Leaving Certificate Examination, 1921
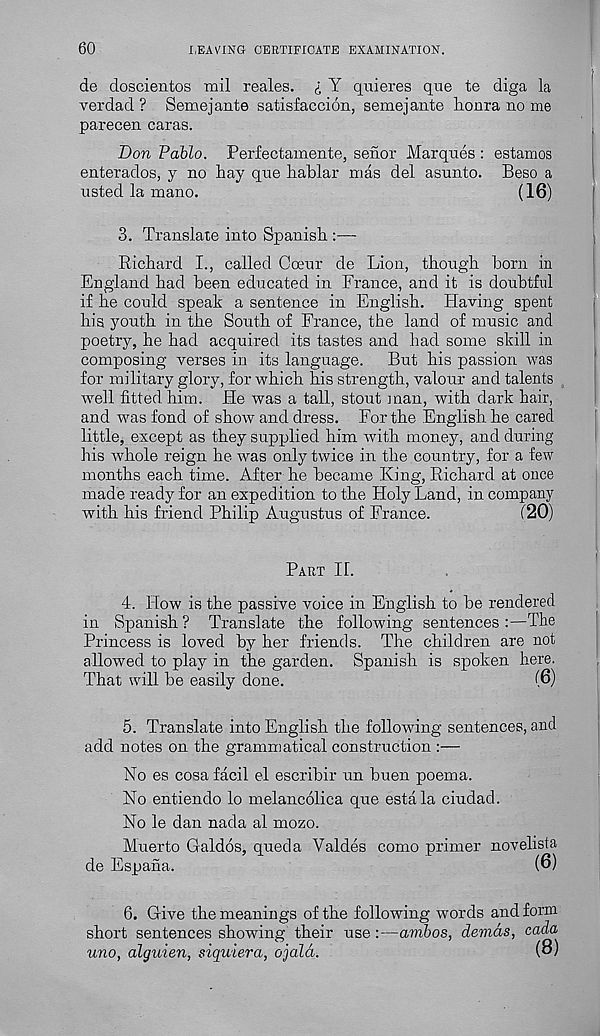
60
LEAVING CERTIFICATE EXAMINATION.
de doscientos mil reales. £ Y quieres que te diga la
verdad ? Semejante satisfaccion, semejante lionra no me
parecen caras.
Don Pablo. Perfectamente, senor Marques : estamos
enterados, y no hay que hablar mas del asunto. Beso a
listed la mano.
(16)
3. Translate into Spanish :—
Richard I., called Coeur de Lion, though horn in
England had been educated in France, and it is doubtful
if he could speak a sentence in English. Having spent
his youth in the South of France, the land of music and
poetry, he had acquired its tastes and had some skill in
composing verses in its language.
But his passion was
for military glory, for which his strength, valour and talents
well fitted him. He was a tall, stout man, with dark hair,
and was fond of show and dress. For the English he cared
little, except as they supplied him with money, and during
his whole reign he was only twice in the country, for a few
months each time. After he became King, Richard at once
made ready for an expedition to the Holy Land, in company
with his friend Philip Augustus of France.
(20)
Part H.
4. How is the passive voice in English to be rendered
in Spanish? Translate the following sentences:—The
Princess is loved by her friends. The children are not
allowed to play in the garden. Spanish is spoken here.
That will be easily done.
(6)
5. Translate into English the following sentences, and
add notes on the grammatical construction :—
No es cosa facil el escribir un buen poema.
No entiendo lo melancolica que estala ciudad.
No le dan nada al mozo.
Muerto Galdos, queda Valdes como primer novelista
de Espana.
(6)
6. Give the meanings of the following words and form
short sentences showing their use:—ambos, demds, eada
uno, alguien, siquiera, ojald.
(6)